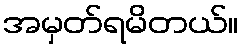
အမှတ်ရမိတယ်။